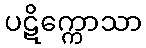
ပဋိက္ကောသာ